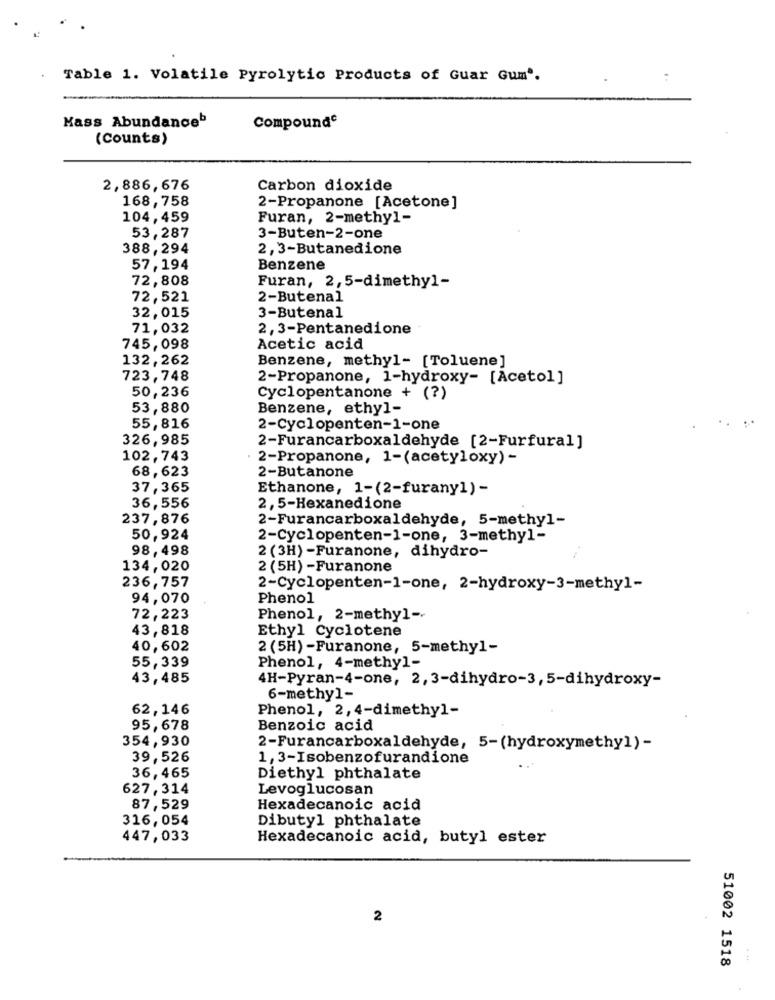
Table 1. Volatile Pyrolytic Products of Guar Gum".
Kass Abundanceb
Compounde
(Counts)
2,886,676
Carbon dioxide
168,758
2-Propanone [Acetone]
104,459
Furan, 2-methyl-
53,287
3-Buten-2-one
388,294
2,3-Butanedione
57,194
Benzene
72,808
Furan, 2,5-dimethyl-
72,521
2-Butenal
3-Butenal
32,015
71,032
2,3-Pentanedione
745,098
Acetic acid
132,262
Benzene, methyl- [Toluene]
723,748
2-Propanone, 1-hydroxy- [Acetol]
50,236
Cyclopentanone + (?)
53,880
Benzene, ethyl-
55,816
2-Cyclopenten-1-one
326,985
2-Furancarboxaldehyde [2-Furfural]
102,743
2-Propanone, 1-(acetyloxy) -
68,623
2-Butanone
37,365
Ethanone, 1-(2-furany1) -
36,556
2, 5-Hexanedione
237,876
2-Furancarboxaldehyde, 5-methyl-
50,924
2-Cyclopenten-1-one, 3-methyl-
98,498
2 (3H) -Furanone, dihydro-
134,020
2 (5H) -Furanone
236,757
2-Cyclopenten-1-one, 2-hydroxy-3-methyl-
94,070
Phenol
72,223
Phenol, 2-methyl -.
43,818
Ethyl Cyclotene
40,602
2 (5H) -Furanone, 5-methyl-
55,339
Phenol, 4-methyl-
43,485
4H-Pyran-4-one, 2, 3-dihydro-3, 5-dihydroxy-
6-methyl-
62,146
Phenol, 2, 4-dimethyl-
95,678
Benzoic acid
354,930
2-Furancarboxaldehyde, 5-(hydroxymethyl)-
39,526
1,3-Isobenzofurandione
36,465
Diethyl phthalate
627,314
Levoglucosan
87,529
Hexadecanoic acid
316,054
Dibutyl phthalate
447,033
Hexadecanoic acid, butyl ester
2
51002 1518